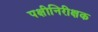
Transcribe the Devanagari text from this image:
पक्षीनिरीक्षक